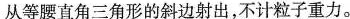
从等腰直角三角形的斜边射出，不计粒子重力。